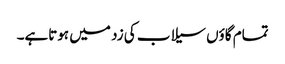
تمام گاؤں سیلاب کی زد میں ہوتاہے۔